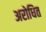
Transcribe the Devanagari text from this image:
अरोधित